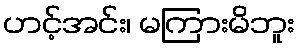
ဟင့်အင်း၊ မကြားမိဘူး